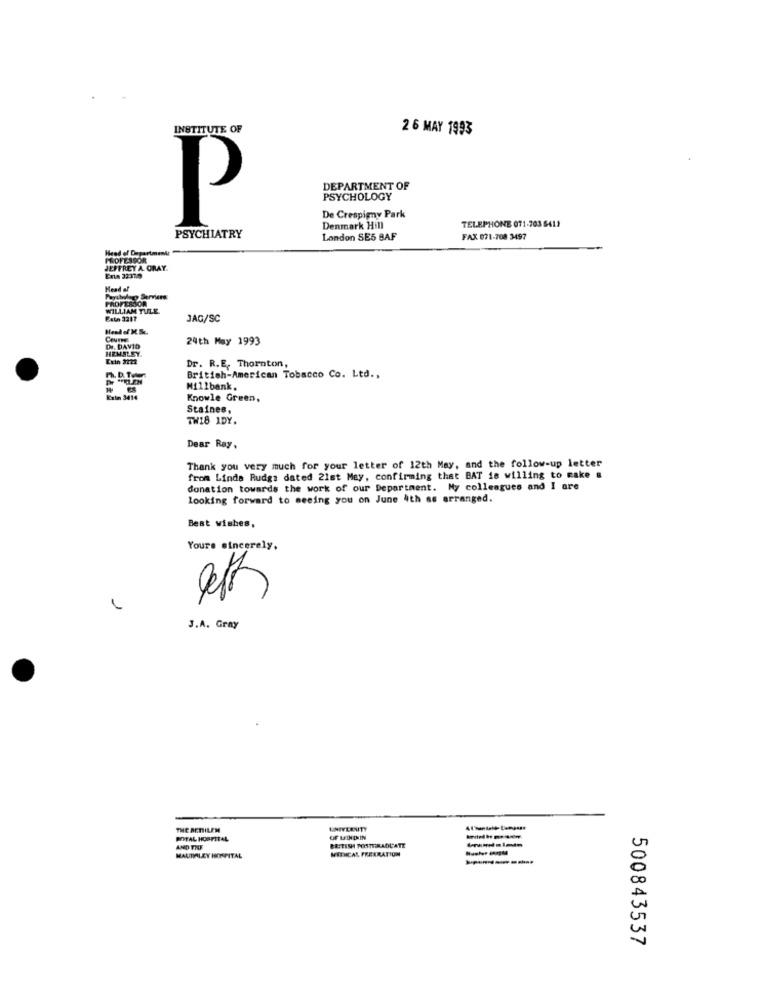
INSTITUTE OF
2 6 MAY 1993
DEPARTMENT OF
PSYCHOLOGY
De Crespigny Park
TELEPHONE 071-703 6411
P
Denmark Hill
PSYCHIATRY
London SE5 BAF
FAX 071-708 3497
Head of DepartmenAr
PROFESSOR
JEFFREY A GRAY.
Head af
PROFESSOR
WILLIAM TULE
Este 3217
JAG/SC
24th May 1993
HEMSLEY.
Dr. DAVID
Dr. R.E. Thornton,
Ph. D. Tater
British-American Tobacco Co. Ltd .,
Millbank,
Exin 3414
Knowle Green,
Staines,
TW18 IDY.
Dear Ray,
Thank you very much for your letter of 12th May, and the follow-up letter
from Linda Rudgs dated 21st May, confirming that BAT is willing to make &
donation towards the work of our Department. My colleagues and I are
looking forward to seeing you on June 4th as arranged.
Best wishes,
Yours sincerely.
9th
J.A. Gray
THE BETILEM
UNIYLENTY
BOTAL HOSPITAL
OF LETNIIN
BESTISH TOSTIERADL'ATE
METHCAL FREERATIUN
MAURALEY HOPITAL
500843537